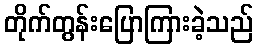
တိုက်တွန်းပြောကြားခဲ့သည်